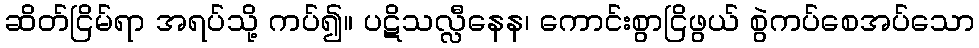
ဆိတ်ငြိမ်ရာ အရပ်သို့ ကပ်၍။ ပဋိသလ္လီနေန၊ ကောင်းစွာငြိဖွယ် စွဲကပ်စေအပ်သော